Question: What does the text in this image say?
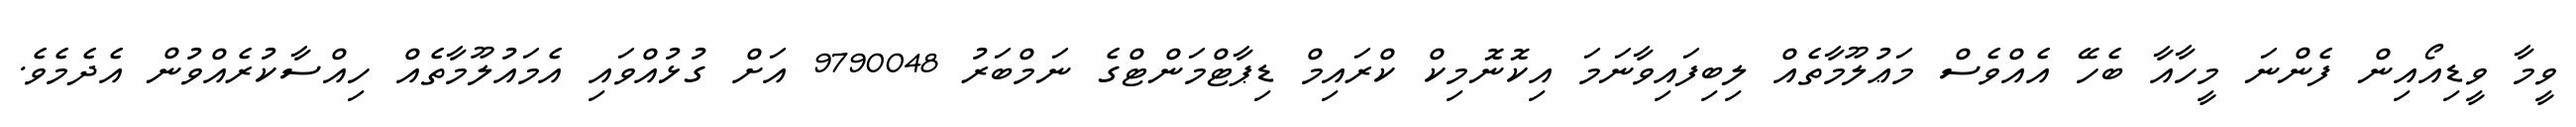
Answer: ވީމާ ވީޑިއޯއިން ފެންނަ މީހާއާ ބެހޭ އެއްވެސް މަޢުލޫމާތެއް ލިބިފައިވާނަމަ އިކޮނޮމިކް ކްރައިމް ޑިޕާޓްމަންޓްގެ ނަމްބަރު 9790048 އަށް ގުޅުއްވައި އެމައުލޫމާތެއް ހިއްސާކުރެއްވުން އެދެމެވެ.